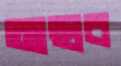
আছাব